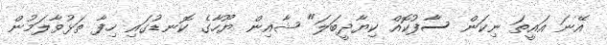
އޭނަ އައީތަ ނިކަން ސާފުކޮއް ކިޔާދީބަލަ" ޝާއިން ޔޫހާގެ ކޮނޑުގައި ހިފާ ތަޅުވާލަމުން